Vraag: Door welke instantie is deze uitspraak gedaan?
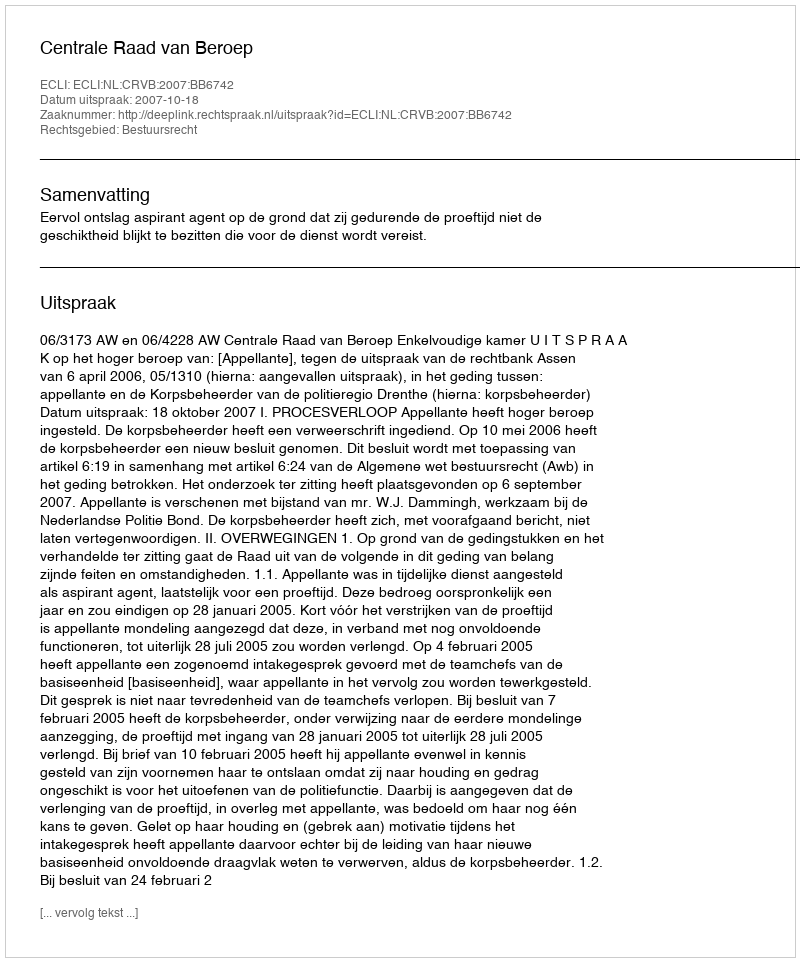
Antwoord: Centrale Raad van Beroep